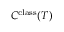
C ^ { \mathrm { c l a s s } } ( T )